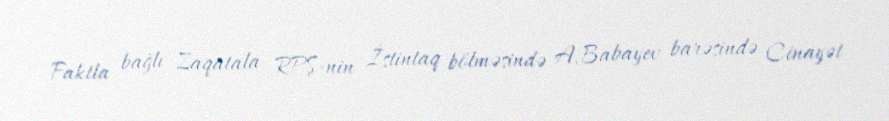
Faktla bağlı Zaqatala RPŞ-nin İstintaq bölməsində A.Babayev barəsində Cinayət